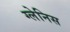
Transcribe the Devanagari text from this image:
ग्लेनिस